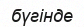
бүгінде